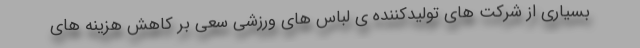
بسیاری از شرکت های تولیدکننده ی لباس های ورزشی سعی بر کاهش هزینه های